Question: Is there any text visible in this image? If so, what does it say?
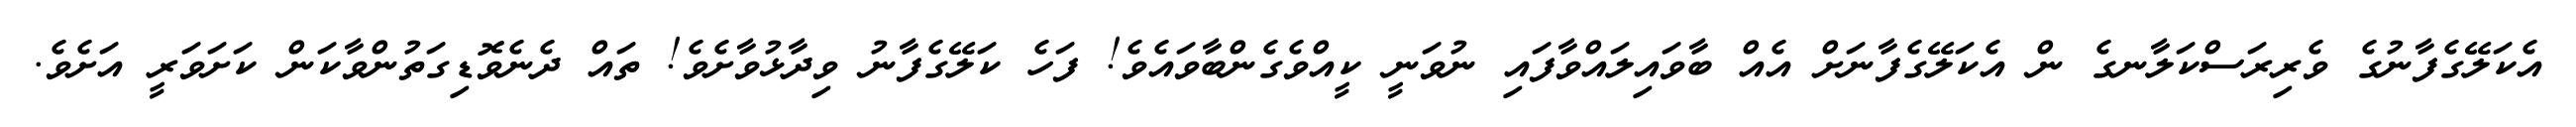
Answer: އެކަލޭގެފާނުގެ ވެރިރަސްކަލާނގެ ން އެކަލޭގެފާނަށް އެއް ބާވައިލައްވާފައި ނުވަނީ ކީއްވެގެންބާވައެވެ! ފަހެ ކަލޭގެފާނު ވިދާޅުވާށެވެ! ތައް ދެނެވޮޑިގަތުންވާކަން ކަށަވަރީ އަށެވެ.